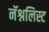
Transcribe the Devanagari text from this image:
नॅश्नलिस्ट